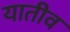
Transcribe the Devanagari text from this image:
यातीव